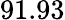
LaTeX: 91.93